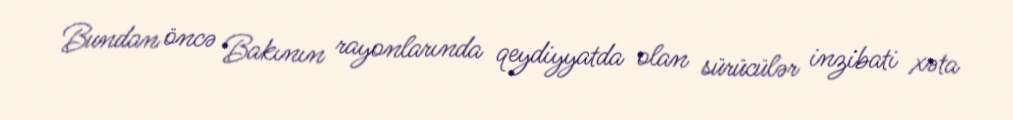
Bundan öncə Bakının rayonlarında qeydiyyatda olan sürücülər inzibati xəta